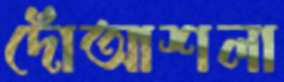
দোঁআশলা